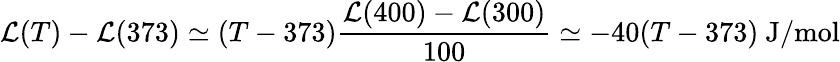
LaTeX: \mathcal{L}(T)-\mathcal{L}(373)\simeq(T-373){\frac{{\mathcal{L}(400)-\mathcal{L}(300)}}{{100}}}\simeq-40(T-373)\ \mathrm{{J/mol}}